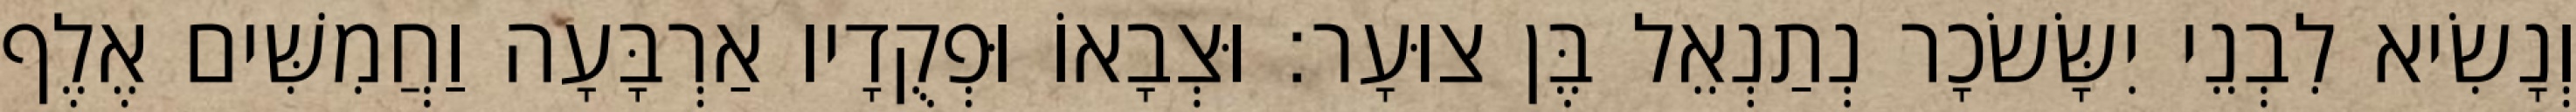
וְנָשִׂיא לִבְנֵי יִשָּׂשׂכָר נְתַנְאֵל בֶּן צוּעָר׃ וּצְבָאוֹ וּפְקֻדָיו אַרְבָּעָה וַחֲמִשִּׁים אֶלֶף